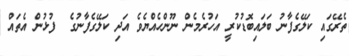
ތެރޭގައި ކަލޭގެފާނު ބަލައިބޮޑުކުރީ އަހުރެމެން ނޫންހެއްޔެވެ އަދި ކަލޭގެފާނުގެ  ފުޅުން އެތައް